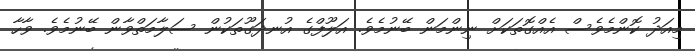
މިއަދު ކޮންމެވެސް އެއްގޮތަކަށް ނިންމަން ބޭނުމެވެ. އަލޫފްގެ އުނދަގޫތަކުން ސަލާމަތްވާން ބޭނުމެވެ. ވާހާ